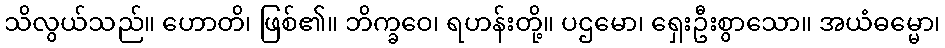
သိလွယ်သည်။ ဟောတိ၊ ဖြစ်၏။ ဘိက္ခဝေ၊ ရဟန်းတို့။ ပဌမော၊ ရှေးဦးစွာသော။ အယံဓမ္မော၊